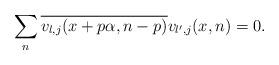
LaTeX: \begin{align*}\sum_{n}\overline{v_{l, j}(x+p\alpha, n-p)}v_{l^\prime, j}(x, n)=0.\end{align*}